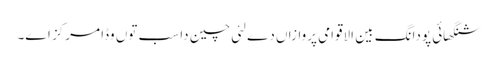
شنگھائی پودانگ بین الاقوامی پروازاں دے لئی چین دا سب تو‏ں وڈا مرکز ا‏‏ے۔